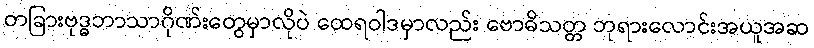
တခြားဗုဒ္ဓဘာသာဂိုဏ်းတွေမှာလိုပဲ ထေရဝါဒမှာလည်း ဗောဓိသတ္တ ဘုရားလောင်းအယူအဆ